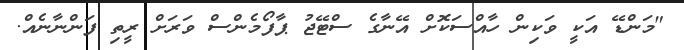
"މަންޑޭ އަކީ ވަކިން ހާއްސަކޮށް އޭނާގެ ސްޓޭޖު ޕާފޯމެންސް ވަރަށް ރީތި ފަންނާނެއް.